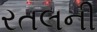
રતલની